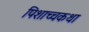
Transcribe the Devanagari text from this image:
पिशाच्चकथा